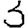
Digit: 3